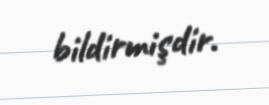
bildirmişdir.